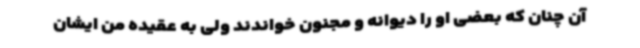
آن‌ چنان‌ که بعضی او را دیوانه و مجنون خواندند ولی به عقیده من ایشان